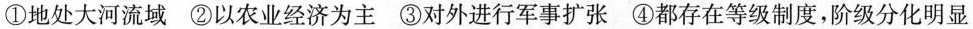
①地处大河流域②以农业经济为主③对外进行军事扩张④都存在等级制度，阶级分化明显